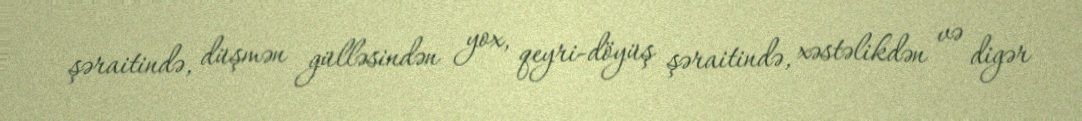
şəraitində, düşmən gülləsindən yox, qeyri-döyüş şəraitində, xəstəlikdən və digər